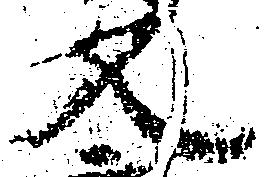
文